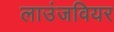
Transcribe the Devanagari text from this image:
लाउंजवियर